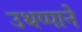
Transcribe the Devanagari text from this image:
उथप्पाने